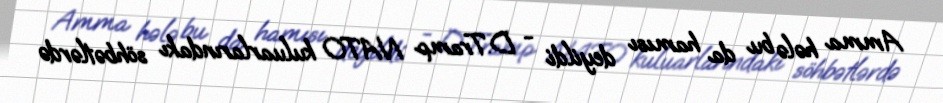
Amma hələ bu da hamısı deyildi - D.Tramp NATO kuluarlarındakı söhbətlərdə